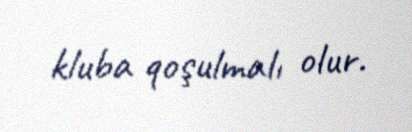
kluba qoşulmalı olur.